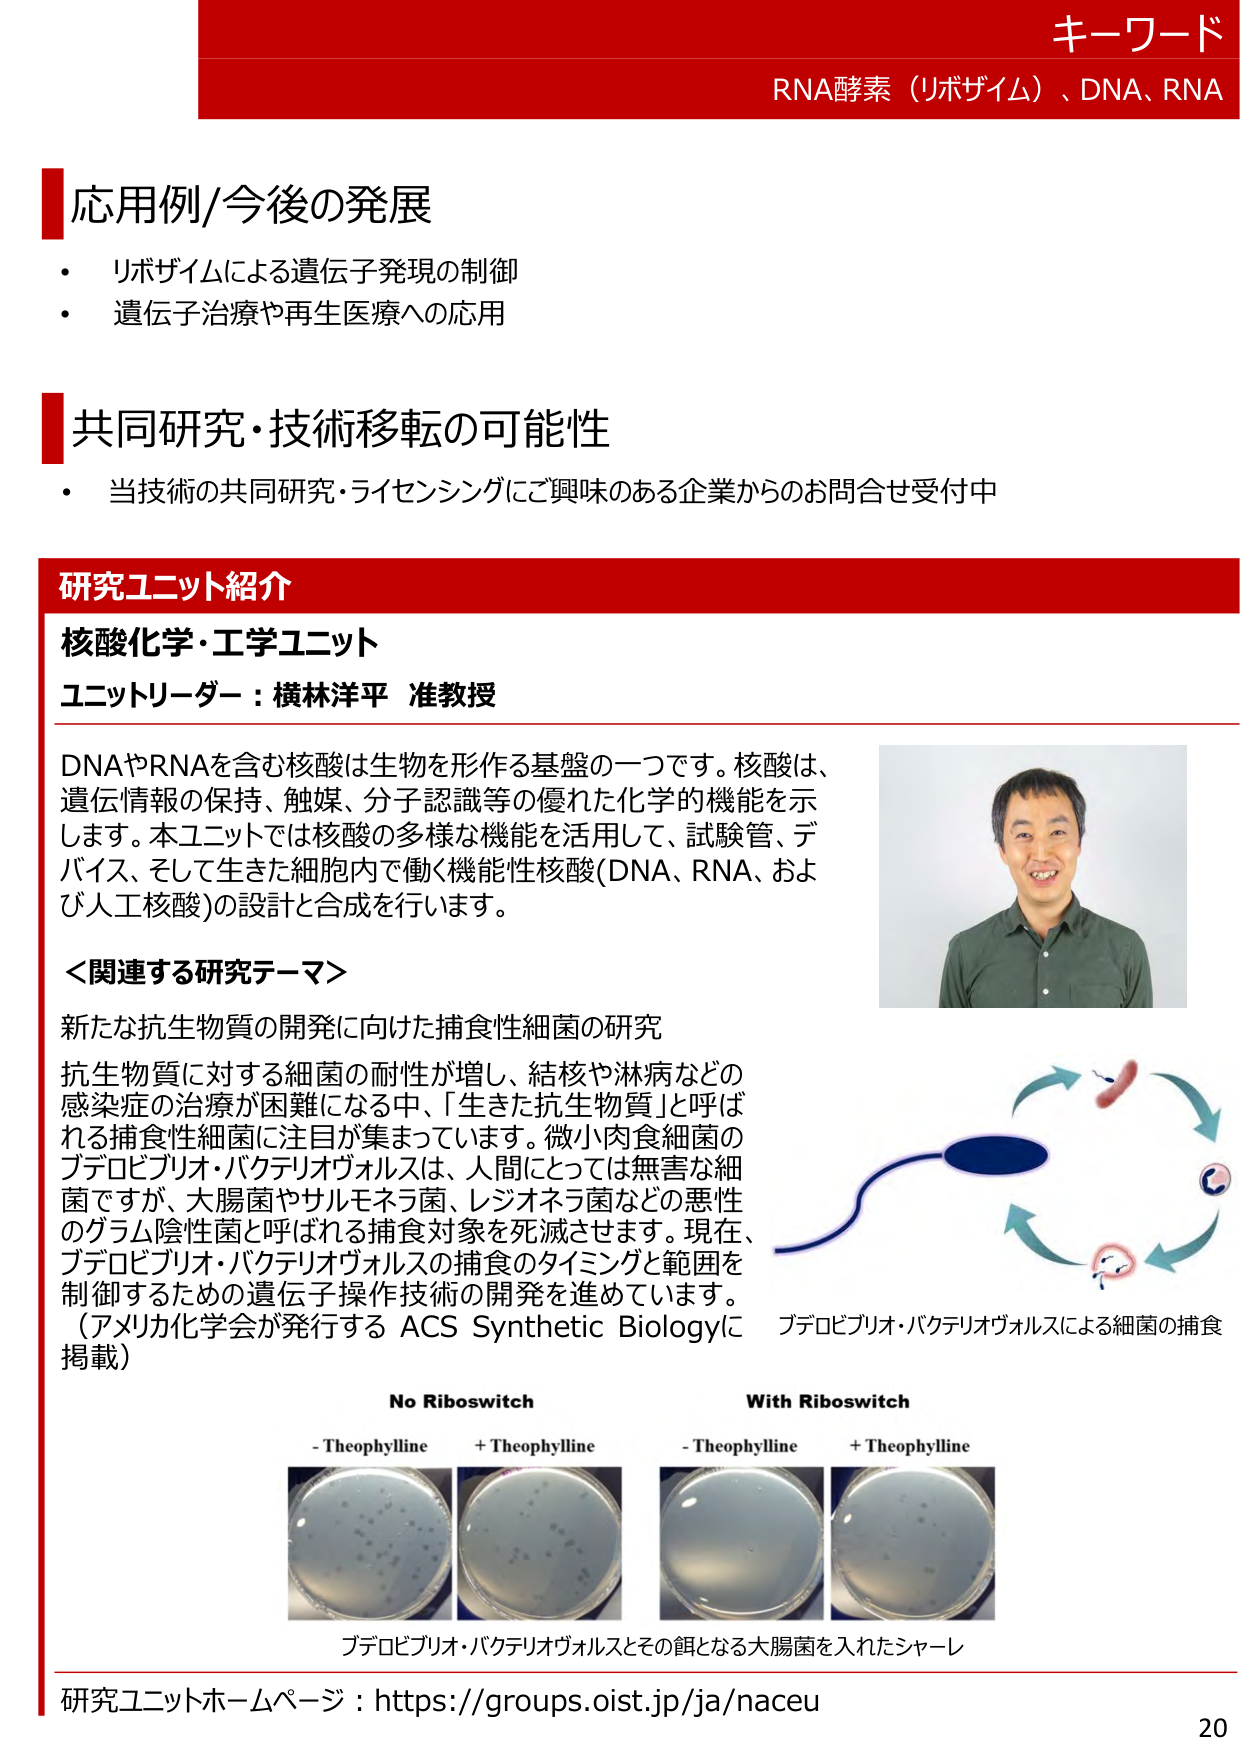
キーワード
RNA酵素（リボザイム）、DNA、RNA

応用例/今後の発展
・ リボザイムによる遺伝子発現の制御
・ 遺伝子治療や再生医療への応用

共同研究・技術移転の可能性
・ 当技術の共同研究・ライセンシングにご興味のある企業からのお問合せ受付中

研究ユニット紹介
核酸化学・工学ユニット
ユニットリーダー：横林洋平 准教授

DNAやRNAを含む核酸は生物を形作る基盤の一つです。核酸は、
遺伝情報の保持、触媒、分子認識等の優れた化学的機能を示
します。本ユニットでは核酸の多様な機能を活用して、試験管、デ
バイス、そして生きた細胞内で働く機能性核酸(DNA、RNA、およ
び人工核酸)の設計と合成を行います。

＜関連する研究テーマ＞
新たな抗生物質の開発に向けた捕食性細菌の研究
抗生物質に対する細菌の耐性が増し、結核や淋病などの
感染症の治療が困難になる中、「生きた抗生物質」と呼ば
れる捕食性細菌に注目が集まっています。微小肉食細菌の
ブデロビブリオ・バクテリオヴォルスは、人間にとっては無害な細
菌ですが、大腸菌やサルモネラ菌、レジオネラ菌などの悪性
のグラム陰性菌と呼ばれる捕食対象を死滅させます。現在、
ブデロビブリオ・バクテリオヴォルスの捕食のタイミングと範囲を
制御するための遺伝子操作技術の開発を進めています。
（アメリカ化学会が発行する ACS Synthetic Biologyに
掲載）

ブデロビブリオ・バクテリオヴォルスによる細菌の捕食

No Riboswitch
- Theophylline
+ Theophylline

With Riboswitch
- Theophylline
+ Theophylline

ブデロビブリオ・バクテリオヴォルスとその餌となる大腸菌を入れたシャーレ

研究ユニットホームページ：https://groups.oist.jp/ja/naceu
20